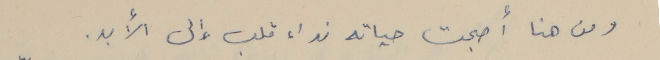
ومن هنا أصبحت حياته نداء قلب إلى الأبد.